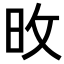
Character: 𪰋